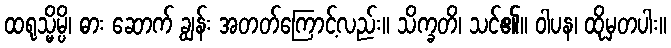
ထရုသ္မိမ္ပိ၊ ဓား ဆောက် ချွန်း အတတ်ကြောင့်လည်း။ သိက္ခတိ၊ သင်၏။ ဝါပန၊ ထိုမှတပါး။